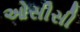
ઓસીસી